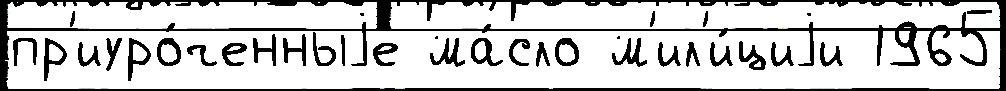
пр'иуро́ченныjе ма́сло м'ил'и́циjи 1965